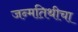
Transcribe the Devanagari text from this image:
जन्मतिथीचा